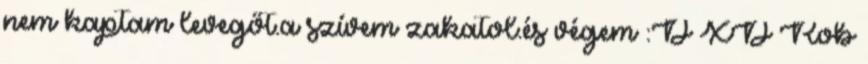
nem kaptam levegőt.a szívem zakatol.és végem :D XD Rob